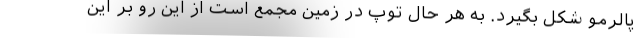
پالرمو شکل بگیرد. به هر حال توپ در زمین مجمع است از این رو بر این